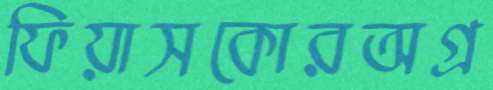
ফিয়াসকোরঅগ্র